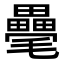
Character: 𣰸